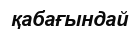
қабағындай